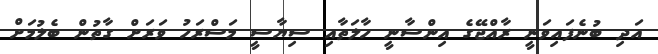
އަދި ބުނެފައިވަނީ ރާއްޖޭގެ އިންސާނީ ހާލަތާއި ސިޔާސީ މަސްރަހު ވަރަށް ގާތުން ބެލުމަށް